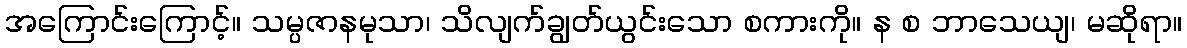
အကြောင်းကြောင့်။ သမ္ပဇာနမုသာ၊ သိလျက်ချွတ်ယွင်းသော စကားကို။ န စ ဘာသေယျ၊ မဆိုရာ။